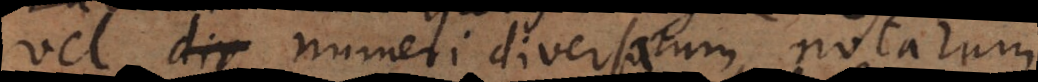
vel numeri diversarum notarum